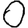
Digit: 0